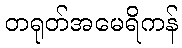
တရုတ်အမေရိကန်